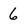
Character: 6